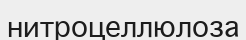
нитроцеллюлоза